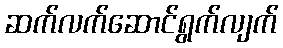
ဆက်လက်ဆောင်ရွက်လျက်